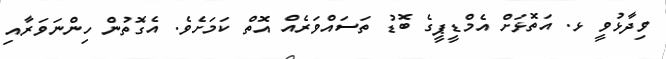
ވިދާޅުވީ ޅ. އަތޮޅަށް އެމްޑީޕީގެ ބޮޑުު ތަސައްވަރެއް އޮތް ކަމަށެވެ. އެގޮތުން ހިންނަވަރާއި